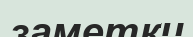
заметки